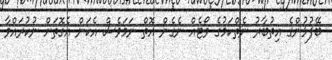
ބޭފުޅުންގެ އިތުބާރު ނެތްކަމުގެ ވޯޓެއް ނެގެން އޮތް ނަމަވެސް އެކަން އެގޮތަށް ނުކުރައްވާ